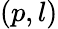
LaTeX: (p,l)